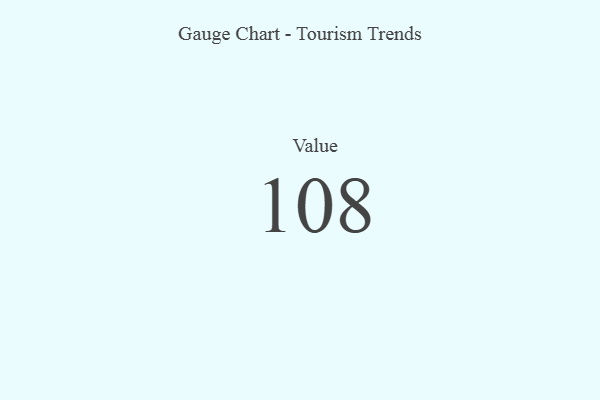
{"axis": {"x": "Metric", "y": "Value"}, "legend": [""], "data": [{"x": "Value", "y": 108, "type": ""}]}